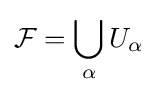
{\mathcal {F}}=\bigcup _{\alpha }U_{\alpha }